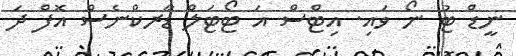
ނީޑް ޓު ނޯ ވައި. އިޓްސް އަ ޓޯޓަލް ޑާރކްނެސް އޮފް ދަ